Language: tamil
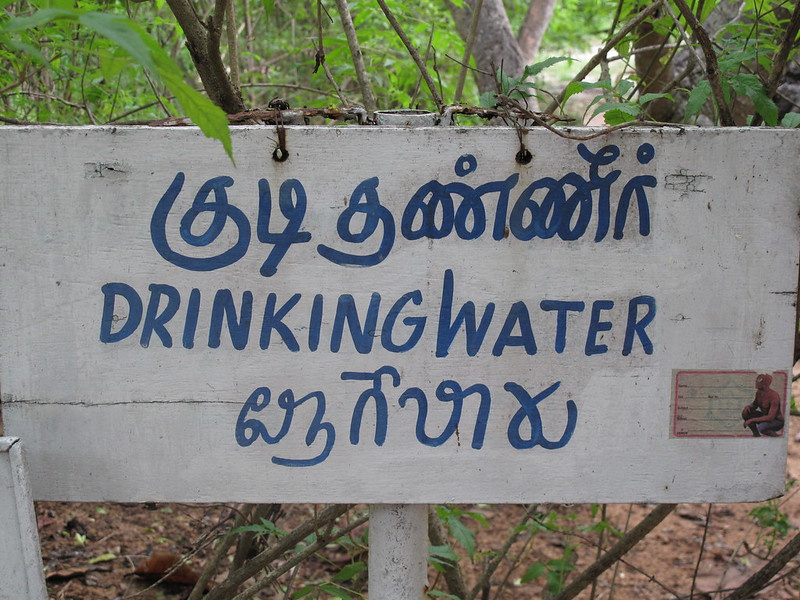
Transcription: குடி தண்ணீா்